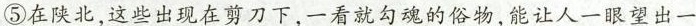
⑤在陕北，这些出现在剪刀下，一看就勾魂的俗物，能让人一眼望出一